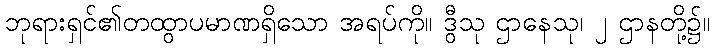
ဘုရားရှင်၏တထွာပမာဏရှိသော အရပ်ကို။ ဒွီသု ဌာနေသု၊ ၂ ဌာနတို့၌။